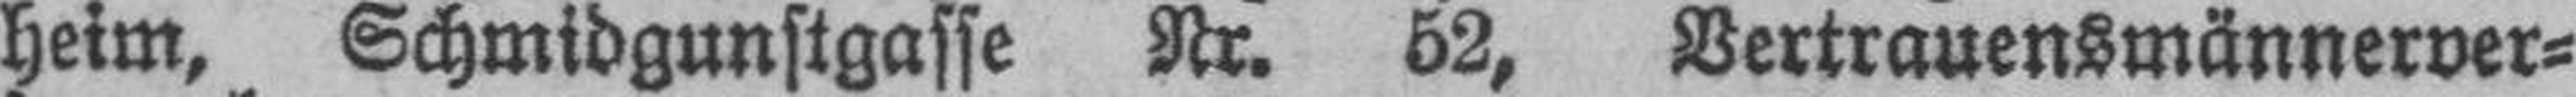
heim, Schmidgunstgasse Nr. 52, Vertrauensmännerver¬